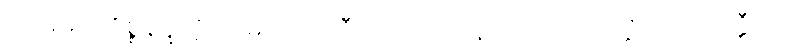
ပဌမမဂ္ဂကိစ္စနိပ္ဖတ္တိ သမဏဒုဿီလဿ ဥပနိဿယကောဋိယာ ဟတ္ထီတိ